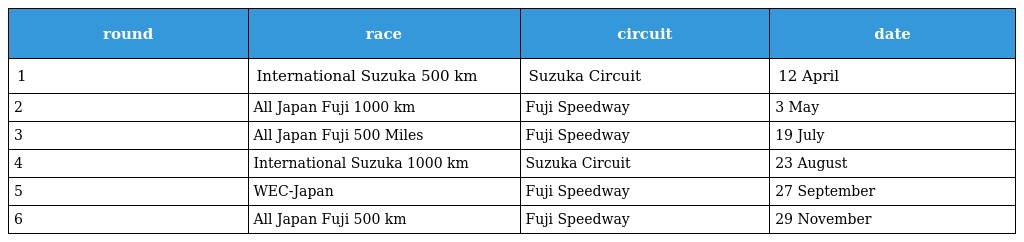
| round | race | circuit | date |
 | --- | --- | --- | --- |
 | 1 | International Suzuka 500 km | Suzuka Circuit | 12 April |
 | 2 | All Japan Fuji 1000 km | Fuji Speedway | 3 May |
 | 3 | All Japan Fuji 500 Miles | Fuji Speedway | 19 July |
 | 4 | International Suzuka 1000 km | Suzuka Circuit | 23 August |
 | 5 | WEC-Japan | Fuji Speedway | 27 September |
 | 6 | All Japan Fuji 500 km | Fuji Speedway | 29 November |